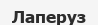
Лаперуз